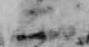
二